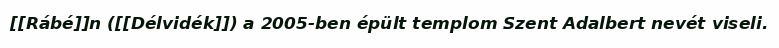
[[Rábé]]n ([[Délvidék]]) a 2005-ben épült templom Szent Adalbert nevét viseli.